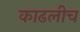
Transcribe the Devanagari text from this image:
काढलीच